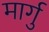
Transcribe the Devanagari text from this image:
मार्गु